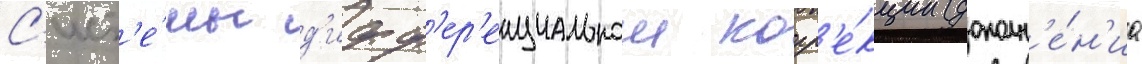
С'ист'е́мы д'ифф'ер'енциальнои корр'е́кции (дополн'е́н'иа